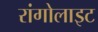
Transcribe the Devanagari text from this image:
रांगोलाइट